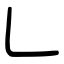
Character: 𠃊